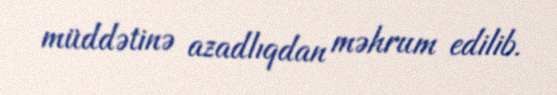
müddətinə azadlıqdan məhrum edilib.